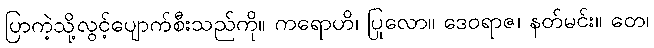
ပြာကဲ့သို့လွင့်ပျောက်စီးသည်ကို။ ကရောဟိ၊ ပြုလော။ ဒေဝရာဇ၊ နတ်မင်း။ တေ၊